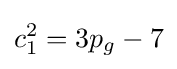
c_{1}^{2}=3p_{g}-7